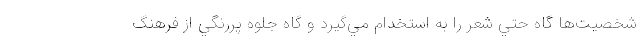
شخصيت‌ها گاه حتي شعر را به استخدام مي‌گيرد و گاه جلوه پررنگي از فرهنگ